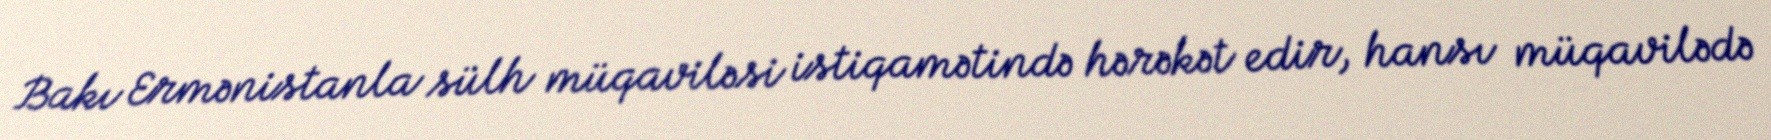
Bakı Ermənistanla sülh müqaviləsi istiqamətində hərəkət edir, hansı müqavilədə